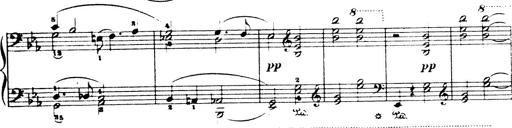
Title: Wagner-Liszt Album
Composer: Franz Liszt